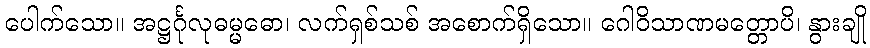
ပေါက်သော။ အဋ္ဌင်္ဂုလုဓမ္မဓော၊ လက်ရှစ်သစ် အစောက်ရှိသော။ ဂေါဝိသာဏမတ္တောပိ၊ နွားချို